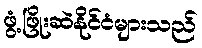
ဖွံ့ဖြိုးဆဲနိုင်ငံများသည်